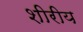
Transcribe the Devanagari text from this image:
शीरीय